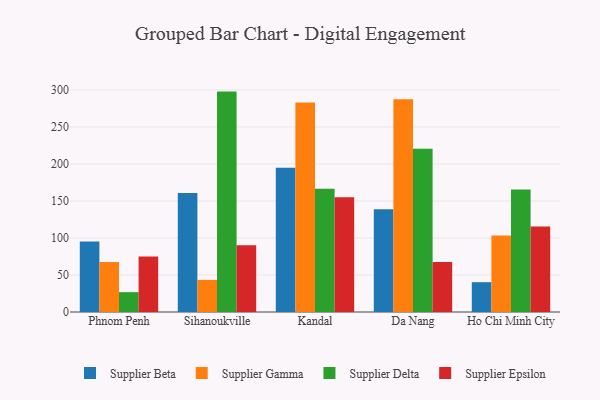
{"axis": {"x": "City", "y": "Tickets Resolved"}, "legend": ["Supplier Beta", "Supplier Delta", "Supplier Epsilon", "Supplier Gamma"], "data": [{"x": "Phnom Penh", "y": 95.3, "type": "Supplier Beta"}, {"x": "Phnom Penh", "y": 67.5, "type": "Supplier Gamma"}, {"x": "Phnom Penh", "y": 26.8, "type": "Supplier Delta"}, {"x": "Phnom Penh", "y": 75.0, "type": "Supplier Epsilon"}, {"x": "Sihanoukville", "y": 160.7, "type": "Supplier Beta"}, {"x": "Sihanoukville", "y": 43.4, "type": "Supplier Gamma"}, {"x": "Sihanoukville", "y": 297.8, "type": "Supplier Delta"}, {"x": "Sihanoukville", "y": 90.2, "type": "Supplier Epsilon"}, {"x": "Kandal", "y": 195.0, "type": "Supplier Beta"}, {"x": "Kandal", "y": 283.2, "type": "Supplier Gamma"}, {"x": "Kandal", "y": 166.4, "type": "Supplier Delta"}, {"x": "Kandal", "y": 155.2, "type": "Supplier Epsilon"}, {"x": "Da Nang", "y": 138.7, "type": "Supplier Beta"}, {"x": "Da Nang", "y": 287.3, "type": "Supplier Gamma"}, {"x": "Da Nang", "y": 220.7, "type": "Supplier Delta"}, {"x": "Da Nang", "y": 67.7, "type": "Supplier Epsilon"}, {"x": "Ho Chi Minh City", "y": 40.3, "type": "Supplier Beta"}, {"x": "Ho Chi Minh City", "y": 103.5, "type": "Supplier Gamma"}, {"x": "Ho Chi Minh City", "y": 165.4, "type": "Supplier Delta"}, {"x": "Ho Chi Minh City", "y": 115.5, "type": "Supplier Epsilon"}]}